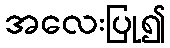
အလေးပြု၍